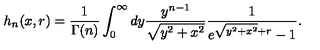
h _ { n } ( x , r ) = \frac { 1 } { \Gamma ( n ) } \int _ { 0 } ^ { \infty } d y \frac { y ^ { n - 1 } } { \sqrt { y ^ { 2 } + x ^ { 2 } } } \frac { 1 } { e ^ { \sqrt { y ^ { 2 } + x ^ { 2 } } + r } - 1 } .